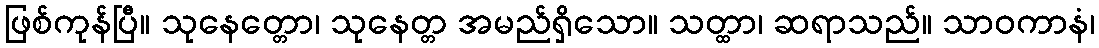
ဖြစ်ကုန်ပြီ။ သုနေတ္တော၊ သုနေတ္တ အမည်ရှိသော။ သတ္ထာ၊ ဆရာသည်။ သာဝကာနံ၊